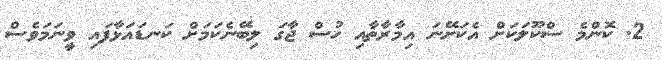
2. ކޮންމެ ސްކޫލަކަށް އެކަށޭނަ އިމާރާތާއި ހުސް ޖާގަ ލިބޭނެކަމަށް ކަނޑައަޅާފައި ވީނަމަވެސް